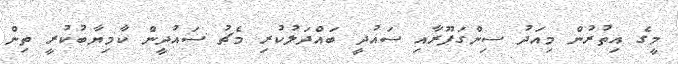
މީގެ އިތުރުން މިއަދު ސިންގަޕޫރާއި ސައުދިީ ބައްދަލުކުރި މެޗު ސައުދީން ކާމިޔާބުކުރީ ތިން